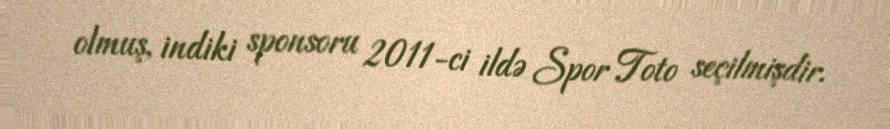
olmuş, indiki sponsoru 2011-ci ildə Spor Toto seçilmişdir.